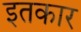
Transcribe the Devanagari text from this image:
इतकार